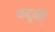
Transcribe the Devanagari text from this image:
कद्दूकी